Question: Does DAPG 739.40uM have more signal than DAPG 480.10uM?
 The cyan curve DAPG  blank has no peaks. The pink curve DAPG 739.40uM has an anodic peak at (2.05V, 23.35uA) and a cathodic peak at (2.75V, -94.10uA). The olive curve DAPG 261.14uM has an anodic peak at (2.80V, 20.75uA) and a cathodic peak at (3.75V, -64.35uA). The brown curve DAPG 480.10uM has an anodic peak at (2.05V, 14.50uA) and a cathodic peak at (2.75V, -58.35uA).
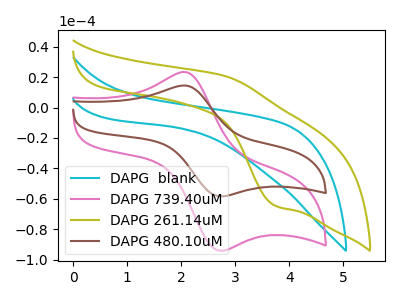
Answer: <think>All the peaks in "DAPG 739.40uM" have a peak in "DAPG 480.10uM" at the same potential. Every peak in "DAPG 739.40uM" is higher than every peak in "DAPG 480.10uM".
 </think>
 <answer>"DAPG 739.40uM" has more signal than "DAPG 480.10uM".</answer>
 <eval>more_signal</eval>